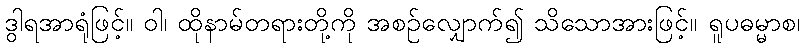
ဒွါရအာရုံဖြင့်။ ဝါ၊ ထိုနာမ်တရားတို့ကို အစဉ်လျှောက်၍ သိသောအားဖြင့်။ ရူပဓမ္မာစ၊